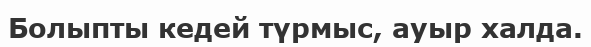
Болыпты кедей түрмыс, ауыр халда.